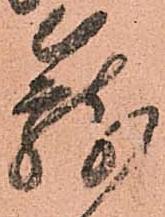
籠